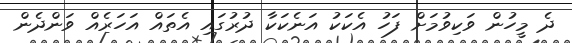
ދެ މީހުން ވަކިވުމަށް ފަހު އެކަކު އަނެކަކާ ދުރުގައި އެތައް އަހަރެއް ވަންދެން